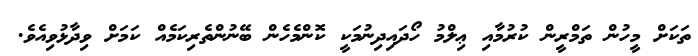
ތަކަށް މީހުން ތަމްރީން ކުރުމާއި ޢިލްމު ހޯދައިދިނުމަކީ ކޮންމެހެން ބޭނުންތެރިކަމެއް ކަމަށް ވިދާޅުވިއެވެ.